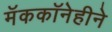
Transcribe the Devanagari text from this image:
मॅककॉनेहीने